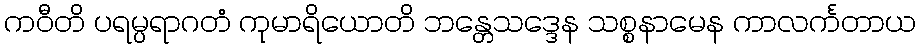
ကဝီတိ ပရမ္ပရာဂတံ ကုမာရိယောတိ ဘန္တေသဒ္ဒေန သစ္စနာမေန ကာလင်္ကတာယ